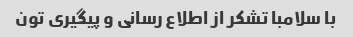
با سلامبا تشکر از اطلاع رسانی و پیگیری تون